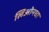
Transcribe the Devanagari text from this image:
लिओनचा